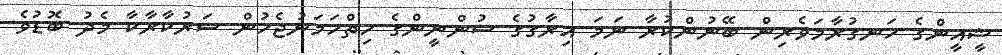
ޝީއީންގެ ހަނގުރާމަވެެރިން ބޭނުންކުރާ ނަމަ އިރާގުގެ ސުންނީންގެ ހިތްހަމަނުޖެހުން ސަރުކާރާކާ މެދު ބޮޑުވެ